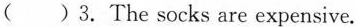
( )3. The socks are expensive.